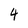
Character: 4